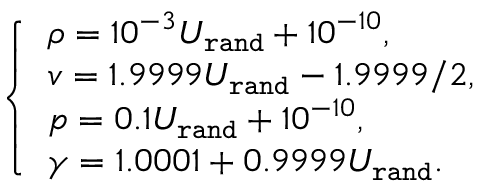
\begin{array} { r } { \left\{ \begin{array} { l l } { \rho = 1 0 ^ { - 3 } U _ { \tt r a n d } + 1 0 ^ { - 1 0 } , } \\ { v = 1 . 9 9 9 9 U _ { \tt r a n d } - 1 . 9 9 9 9 / 2 , } \\ { p = 0 . 1 U _ { \tt r a n d } + 1 0 ^ { - 1 0 } , } \\ { \gamma = 1 . 0 0 0 1 + 0 . 9 9 9 9 U _ { \tt r a n d } . } \end{array} \right. } \end{array}